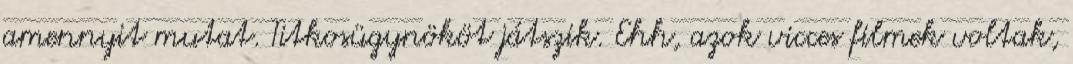
amennyit mutat. Titkosügynököt játszik. Ehh, azok vicces filmek voltak,